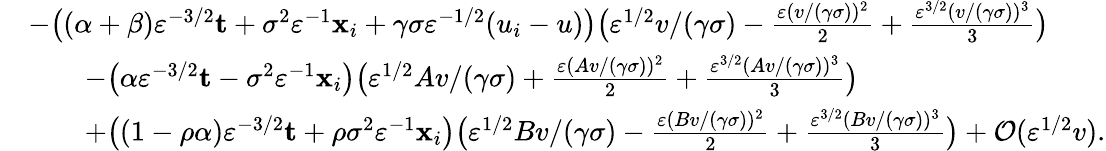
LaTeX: \begin{array}{rl}&{\textstyle-\big((\alpha+\beta)\varepsilon^{-3/2}\mathbf{t}+\sigma^{2}\varepsilon^{-1}\mathbf{x}_{i}+\gamma\sigma\varepsilon^{-1/2}(u_{i}-u)\big)\big(\varepsilon^{1/2}v/(\gamma\sigma)-\frac{\varepsilon(v/(\gamma\sigma))^{2}}{2}+\frac{\varepsilon^{3/2}(v/(\gamma\sigma))^{3}}{3}\big)}\\ &{\textstyle\qquad-\big(\alpha\varepsilon^{-3/2}\mathbf{t}-\sigma^{2}\varepsilon^{-1}\mathbf{x}_{i}\big)\big(\varepsilon^{1/2}Av/(\gamma\sigma)+\frac{\varepsilon(Av/(\gamma\sigma))^{2}}{2}+\frac{\varepsilon^{3/2}(Av/(\gamma\sigma))^{3}}{3}\big)}\\ &{\textstyle\qquad+\big((1-\rho\alpha)\varepsilon^{-3/2}\mathbf{t}+\rho\sigma^{2}\varepsilon^{-1}\mathbf{x}_{i}\big)\big(\varepsilon^{1/2}Bv/(\gamma\sigma)-\frac{\varepsilon(Bv/(\gamma\sigma))^{2}}{2}+\frac{\varepsilon^{3/2}(Bv/(\gamma\sigma))^{3}}{3}\big)+\mathcal{O}(\varepsilon^{1/2}v).}\end{array}